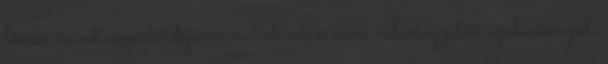
lőnek, mint annak idején a Betamax nevű videórögzítési szabvánnyal,